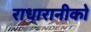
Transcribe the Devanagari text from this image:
राधारानीको